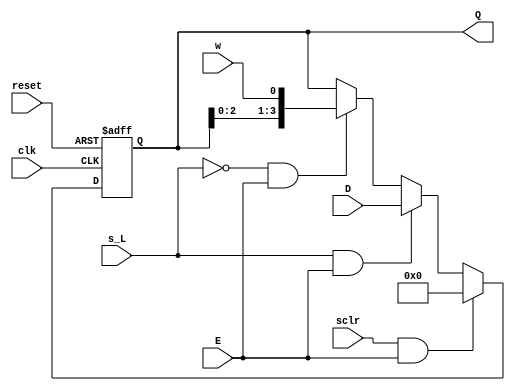
`timescale 1ns / 1ps
//////////////////////////////////////////////////////////////////////////////////
// Company: CSULB
// Engineers: Jose Aceves & Amin Rezaei 
// Design Name: 361_Lab4
// Module Name: LShift_Reg_Clr
// Revision 0.01 - File Created
//////////////////////////////////////////////////////////////////////////////////

module LShift_Reg_Clr(
    input clk,
    input reset,
    input [3:0] D,
    input sclr,
    input s_L,
    input E,
    input w,
    output reg [3:0] Q
    );
    
    // Loadable left Shift Register with Enable and synchronous clear input 
    // sclr = 1, E = 1, clear Q
    // sclr = 0, s_L = 1, E = 1, Load from Data input
    // sclr = 0, s_L = 0, E = 1, shift in w
    // else Q = Q
    always@(posedge clk, posedge reset) begin
        if(reset)
            Q <= 4'b0;
        else if(sclr && E)
            Q <= 4'b0;
        else
            if(s_L && E)
                Q <= D;
            else if(~s_L && E)
                Q <= {Q[3:0], w};                   
    end 
            
endmodule